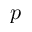
p